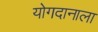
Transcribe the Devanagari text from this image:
योगदानाला